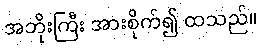
အဘိုးကြီး အားစိုက်၍ ထသည်။